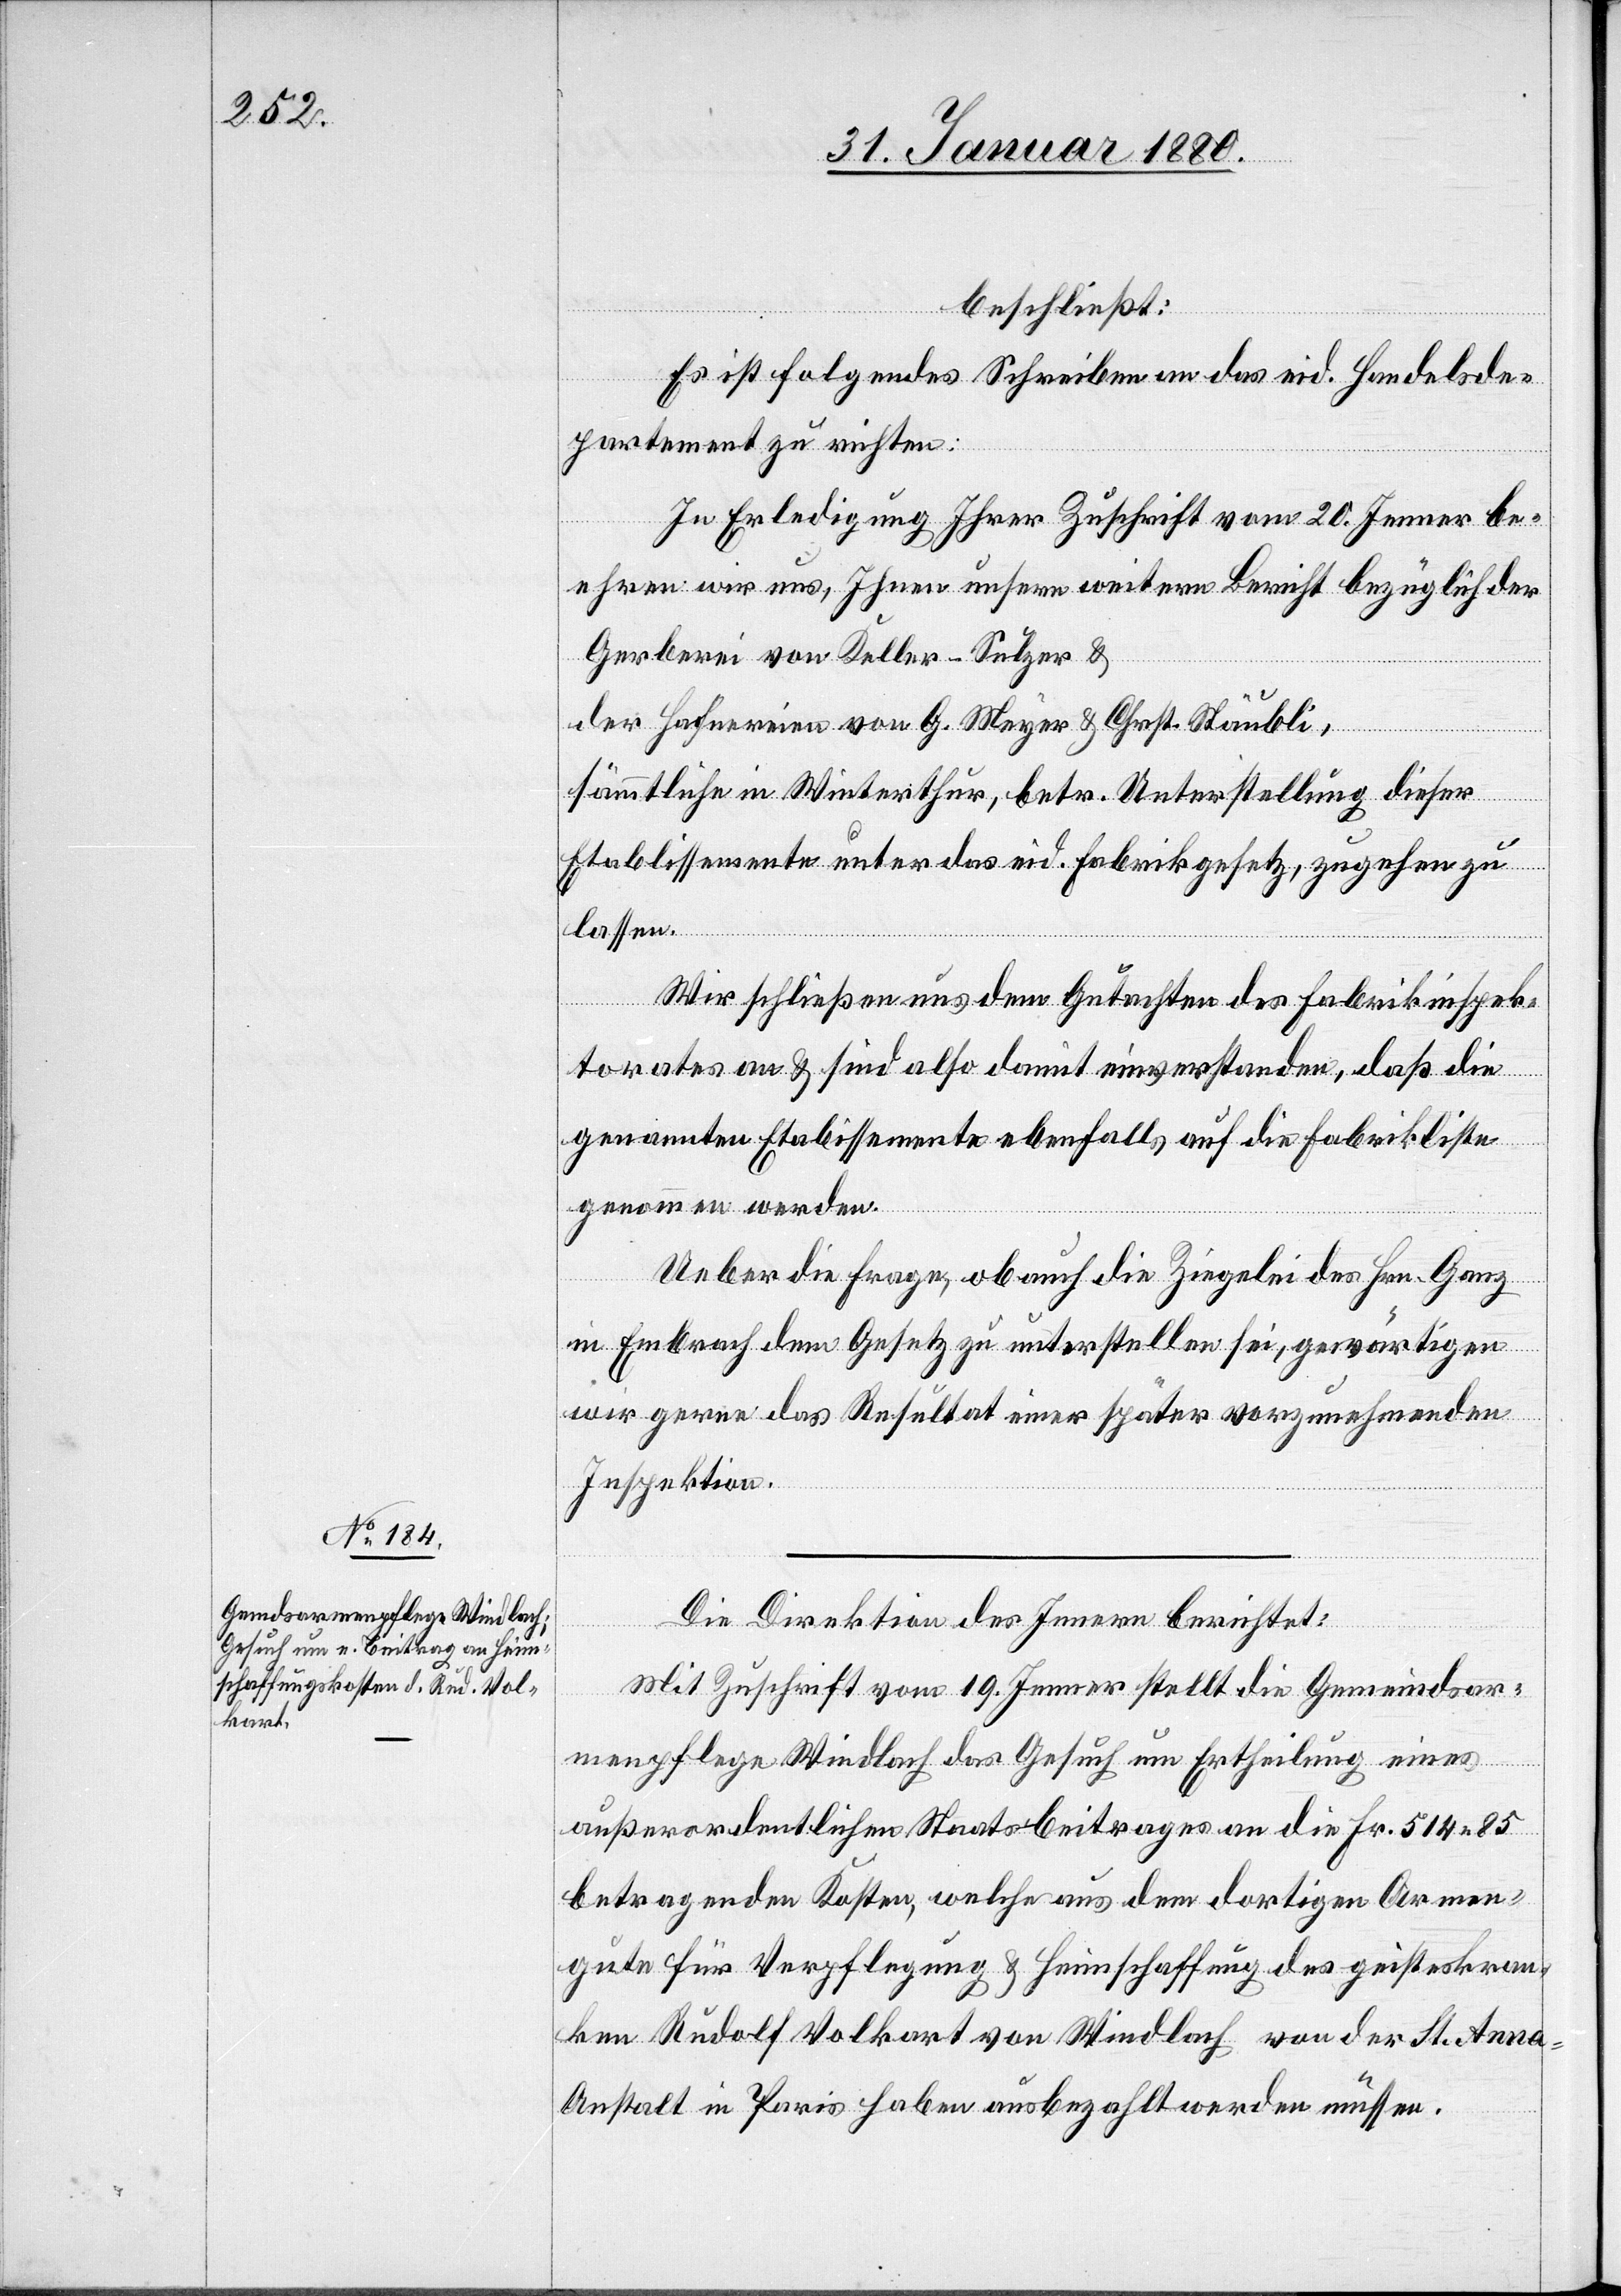
beschließt:
Es ist folgendes Schreiben an das eid. Handelsde¬
partement zu richten:
In Erledigung Ihrer Zuschrift vom 20. Jenner be¬
ehren wir uns, Ihnen unsere weitern Bericht bezüglich der
Gerberei von Keller-Sulzer &
der Hafnereien von G. Meyer & Chrst. Stäubli,
sämmtliche in Winterthur, betr. Unterstellung dieser
Etablissements unter das eid. Fabrikgesetz, zugehen zu
lassen.
Wir schließen uns dem Gutachten des Fabrikinspek¬
torates an & sind also damit einverstanden, daß die
genannten Etablissements ebenfalls auf die Fabrikliste
genommen werden.
Ueber die Frage, ob auch die Ziegelei des Hrn. Ganz
in Embrach dem Gesetz zu unterstellen sei, gewärtigen
wir gerne das Resultat einer später vorzunehmenden
Inspektion.
Die Direktion des Innern berichtet:
Mit Zuschrift vom 19. Jenner stellt die Gemeindsar¬
menpflege Windlach das Gesuch um Ertheilung eines
außerordentlichen Staatsbeitrages an die Fr. 514.85
betragenden Kosten, welche aus dem dortigen Armen¬
gute für Verpflegung & Heimschaffung des geisteskran¬
ken Rudolf Volkart von Windlach von der St. Ann¬
a-Anstalt in Paris haben ausbezahlt werden müssen.